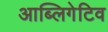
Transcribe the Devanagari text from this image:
आब्लिगेटिव